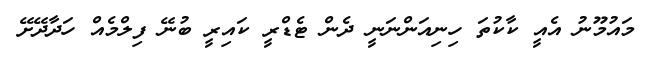
މައުމޫނު އެއީ ކާކުތަ ހިނިއަންނަނީ ދެން ޓެޑްރީ ކައިރީ ބުނޭ ފިލްމެއް ހަދާދޭށޭ